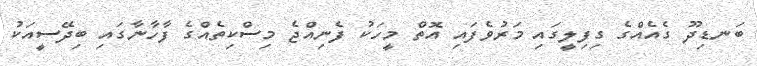
ބަނޑިދޫ ގެއެއްގެ ގިފިލީގައި މަރުވެފައި އޮތް މީހަކު ފެނިއްޖެ މިސްކިތެއްގެ ފާހާނާގައި ބިދޭސީއަކު